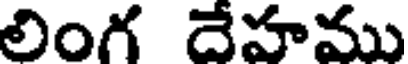
లింగ దేహము